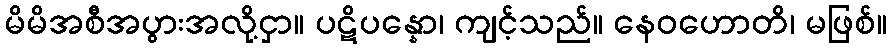
မိမိအစီအပွားအလို့ငှာ။ ပဋိပန္နော၊ ကျင့်သည်။ နေဝဟောတိ၊ မဖြစ်။